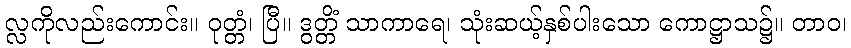
လ္လကိုလည်းကောင်း။ ဝုတ္တံ၊ ပြီ။ ဒွတ္တိံ သာကာရေ၊ သုံးဆယ့်နှစ်ပါးသော ကောဋ္ဌာသ၌။ တာဝ၊